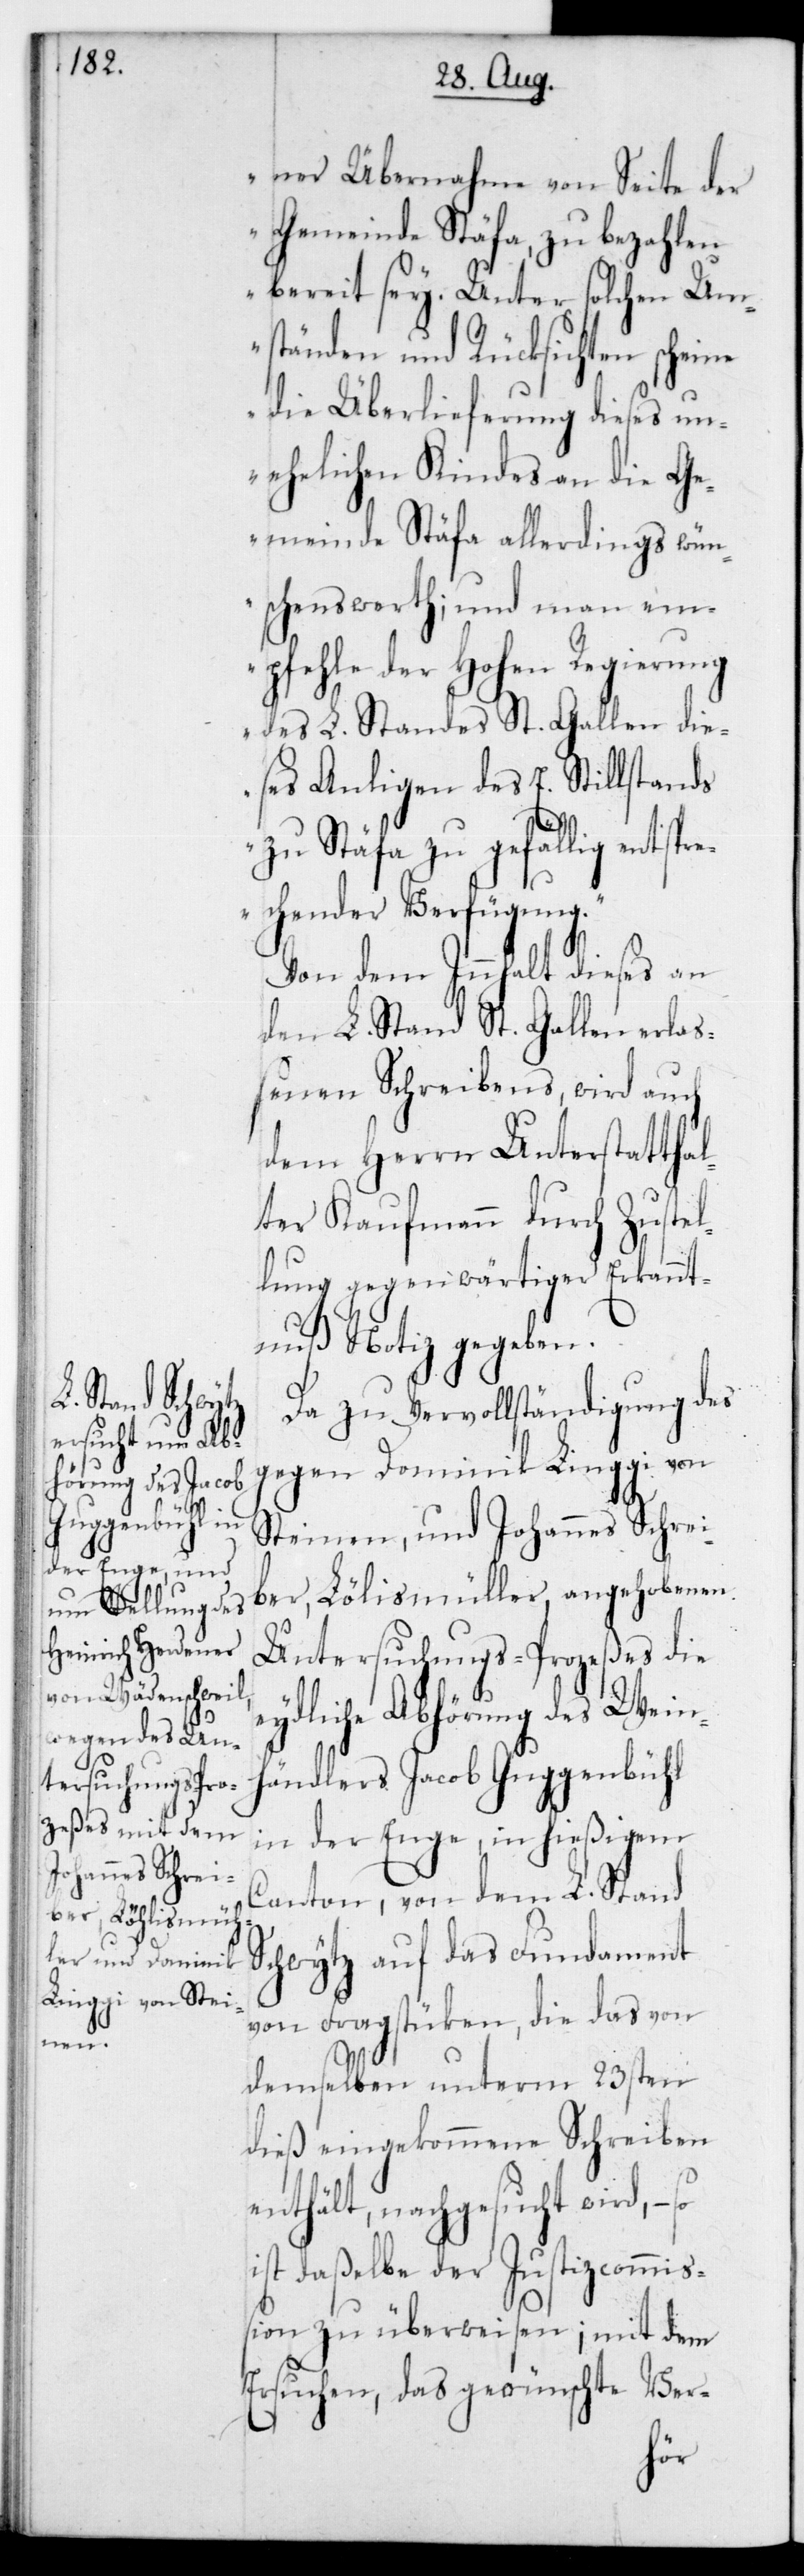
angehobenen
ber, Lölismül¬
so i¬

ner Übernahme von Seite der
Gemeinde Stäfa, zu bezahlen
bereit sey. Unter solchen Um¬
ständen und Rücksichten scheine
die Überlieferung dieses un¬
ehelichen Kindes an die Ge¬
meinde Stäfa allerdings wün¬
schenswerth; und man em¬
pfehle der Hohen Regierung
des L. Standes St. Gallen die¬
ses Anliegen des E. Stillstands
zu Stäfa zu gefällig entspr¬
echender Verfügung.“
Von dem Innhalt dieses an
den L. Stand St. Gallen erlaß¬
enen Schreibens wird auch
dem Herrn Unterstattha¬
lter Kaufmann durch Zustel¬
lung gegenwärtiger Erkannt¬
nuß Notiz gegeben.
Da zu Vervollständigung des
gegen Dominik Linggi von
Steinen, und Johannes Schrei¬
Untersuchungs-Prozeßes die
eydliche Abhörung des Wein¬
händlers Jacob Guggenbühl
in der Enge, in hießigem
Canton, von dem L. Stand
Schwytz auf das Fundament
von Fragstüken, die das von
demselben unterm 23sten
dieß eingekommene Schreiben
enthält, nachgesucht wird, –
st daßelbe der Justizcommi¬
ßion zu überweisen; mit dem
Ersuchen, das gewünschte Ver-
ler